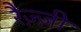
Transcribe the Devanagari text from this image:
रैज़्ज़ी